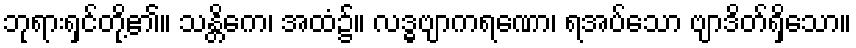
ဘုရားရှင်တို့၏။ သန္တိကေ၊ အထံ၌။ လဒ္ဓဗျာကရဏော၊ ရအပ်သော ဗျာဒိတ်ရှိသော။